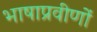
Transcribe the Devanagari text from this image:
भाषाप्रवीणों